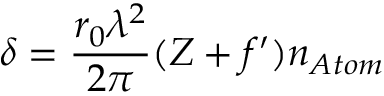
\delta = { \frac { r _ { 0 } \lambda ^ { 2 } } { 2 \pi } } ( Z + f ^ { \prime } ) n _ { A t o m }